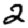
Digit: 2